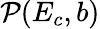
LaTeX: \mathcal{P}(E_{c},b)